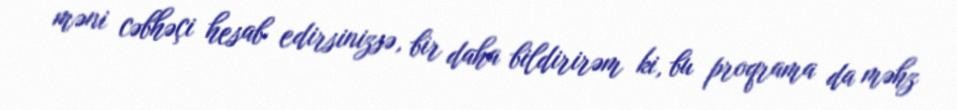
məni cəbhəçi hesab edirsinizsə, bir daha bildirirəm ki, bu proqrama da məhz